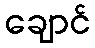
ချောင်